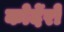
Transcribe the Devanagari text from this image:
कोर्देरो